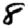
Digit: 8